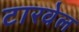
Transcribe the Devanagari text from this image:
टारवेल